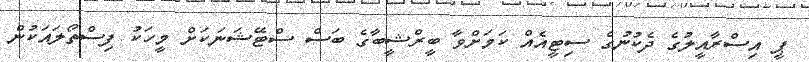
ޕީ އިސްރާއީލުގެ ދެކުނުގެ ސިޓީއެއް ކަމަށްވާ ބީރްޝީބާގެ ބަސް ސްޓޭޝަނަކަށް މީހަކު ފިސްތޯލައަކުން